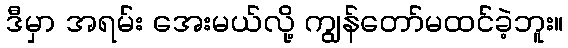
ဒီမှာ အရမ်း အေးမယ်လို့ ကျွန်တော်မထင်ခဲ့ဘူး။